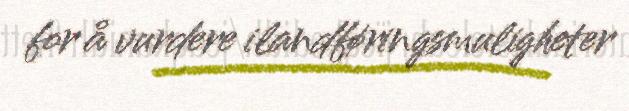
for å vurdere ilandføringsmuligheter